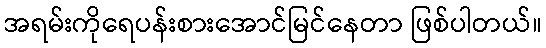
အရမ်းကိုရေပန်းစားအောင်မြင်နေတာ ဖြစ်ပါတယ်။